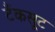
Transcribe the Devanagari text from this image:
टैंकसूट